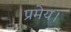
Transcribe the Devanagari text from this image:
प्रमेय।